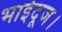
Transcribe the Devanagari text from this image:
भाईदूज।